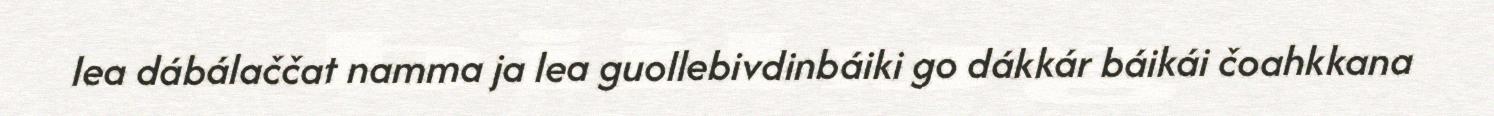
lea dábálaččat namma ja lea guollebivdinbáiki go dákkár báikái čoahkkana